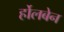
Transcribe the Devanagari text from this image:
र्होलबेन